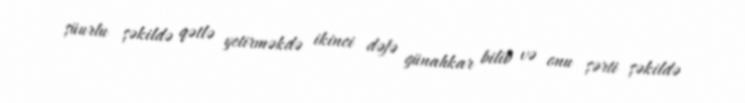
şüurlu şəkildə qətlə yetirməkdə ikinci dəfə günahkar bilib və onu şərti şəkildə